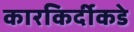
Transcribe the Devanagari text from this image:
कारकिर्दीकडे